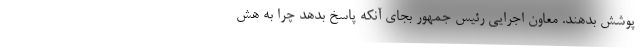
پوشش بدهند. معاون اجرایی رئیس جمهور بجای آنکه پاسخ بدهد چرا به هش